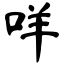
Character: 咩